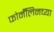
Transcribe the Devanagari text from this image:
फोर्मॅलिनच्या